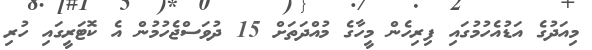
މިއަދުގެ އަޑުއެހުމުގައި ފިރިހެން މީހާގެ މުއްދަތަށް 15 ދުވަސްޖެހުމުން އެ ކޮޓަރީގައި ހުރި